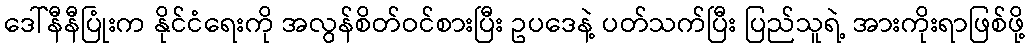
ဒေါ်နီနီပြုံးက နိုင်ငံရေးကို အလွန်စိတ်ဝင်စားပြီး ဥပဒေနဲ့ ပတ်သက်ပြီး ပြည်သူရဲ့ အားကိုးရာဖြစ်ဖို့